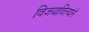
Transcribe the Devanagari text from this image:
विजयादित्याने